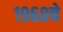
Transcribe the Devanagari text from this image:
१९६०चे